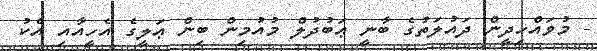
- މުވައްހިދީން ދައުލަތުގެ ބާނީ ޢަބުދުލް މުއުމިން ބިން ޢަލީގެ އެހީއާއި އެކު